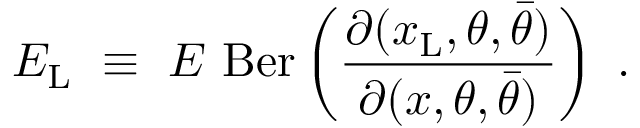
E _ { \mathrm { L } } \ \equiv \ E \ \mathrm { B e r } \left( { \frac { \partial ( x _ { \mathrm { L } } , \theta , \bar { \theta } ) } { \partial ( x , \theta , \bar { \theta } ) } } \right) \ .